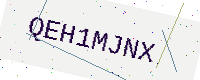
Text: QEH1MJNX